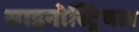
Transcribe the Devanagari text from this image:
साइनोस्ट्रियल